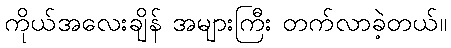
ကိုယ်အလေးချိန် အများကြီး တက်လာခဲ့တယ်။